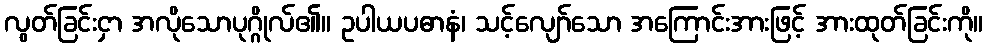
လွတ်ခြင်းငှာ အလိုသောပုဂ္ဂိုလ်၏။ ဥပါယပဓာနံ၊ သင့်လျော်သော အကြောင်းအားဖြင့် အားထုတ်ခြင်းကို။